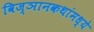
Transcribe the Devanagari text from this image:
विज्ञानकथांमध्ये